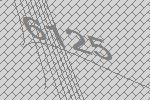
6125